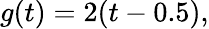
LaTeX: g(t)=2(t-0.5),